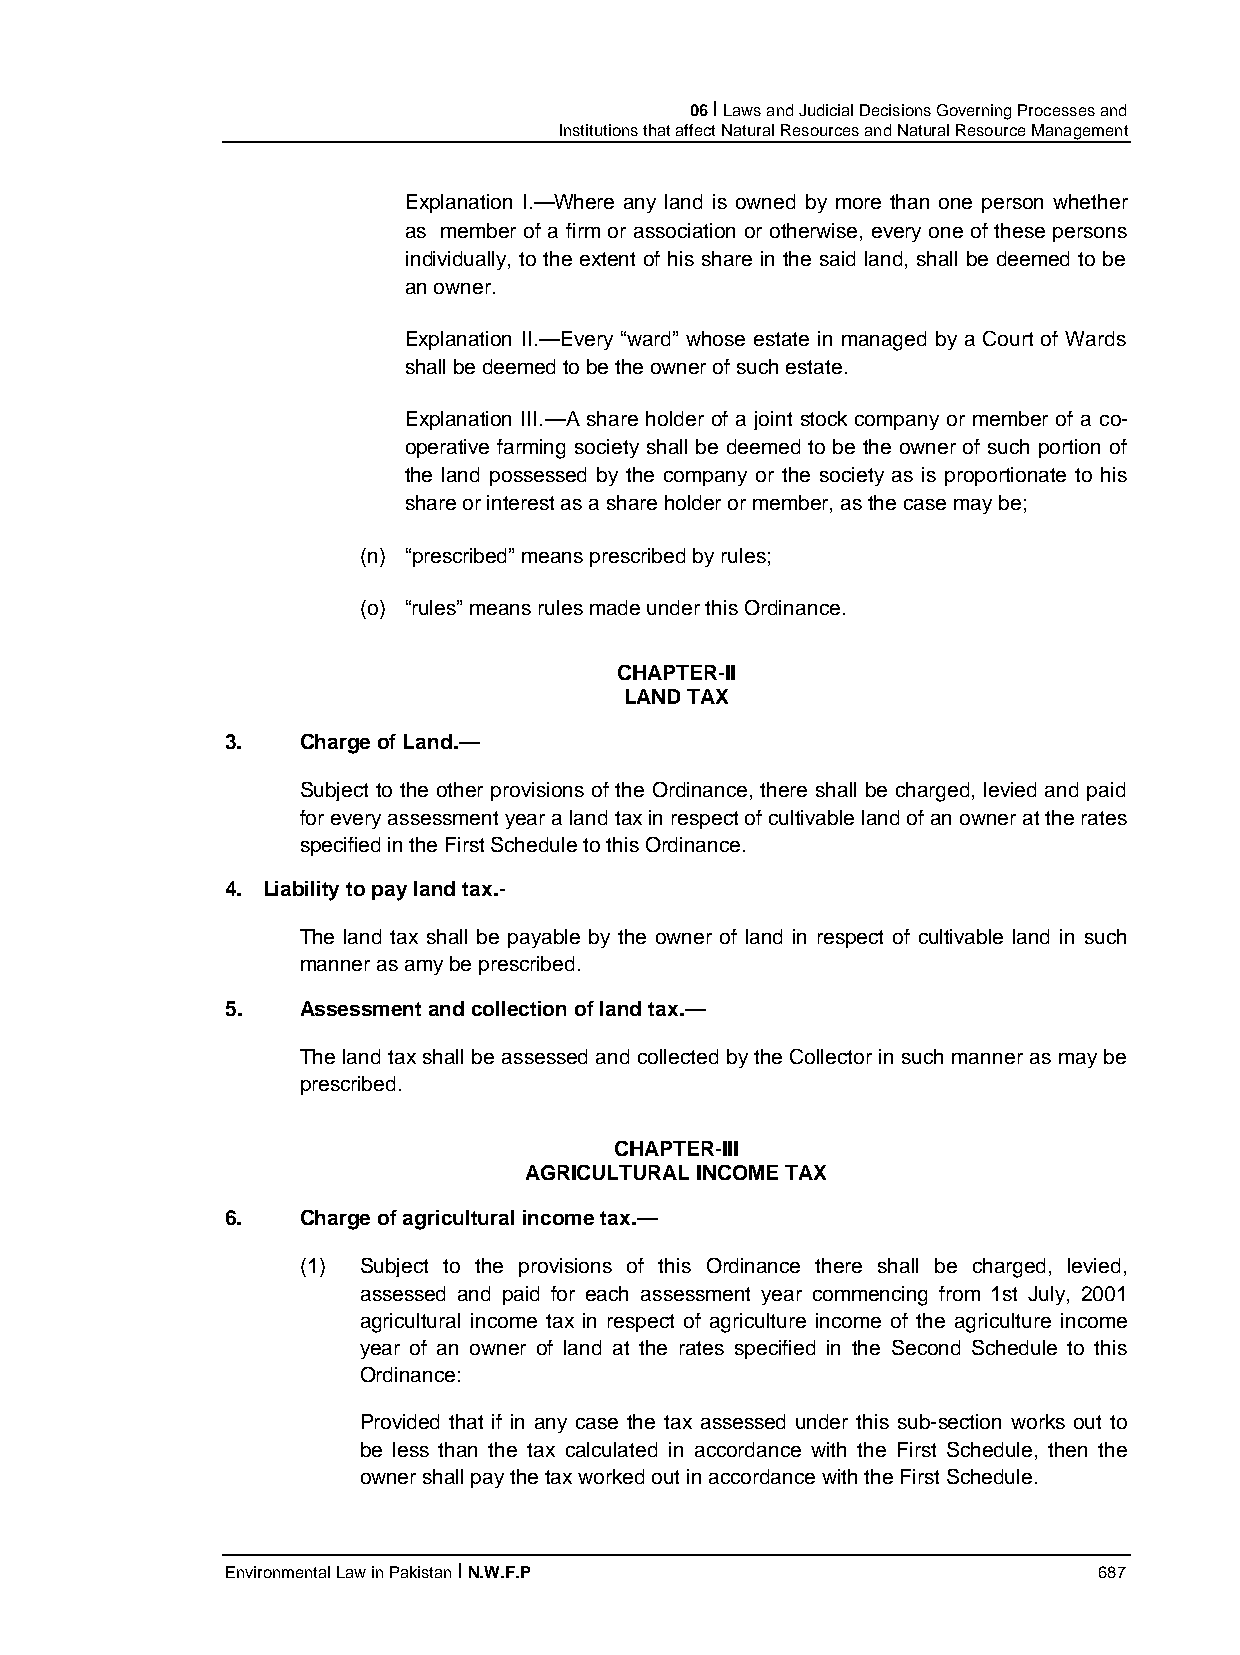
06 I Laws and Judicial Decisions Governing Processes and
 Institutions that affect Natural Resources and Natural Resource Management
 Explanation I.—Where any land is owned by more than one person whether
 as member of a firm or association or otherwise, every one of these persons
 individually, to the extent of his share in the said land, shall be deemed to be
 an owner.
 Explanation II.—Every “ward” whose estate in managed by a Court of Wards
 shall be deemed to be the owner of such estate.
 Explanation III.—A share holder of a joint stock company or member of a co-
 operative farming society shall be deemed to be the owner of such portion of
 the land possessed by the company or the society as is proportionate to his
 share or interest as a share holder or member, as the case may be;
 (n) “prescribed” means prescribed by rules;
 (o) “rules” means rules made under this Ordinance.
 CHAPTER-II
 LAND TAX
 3.   Charge of Land.—
 Subject to the other provisions of the Ordinance, there shall be charged, levied and paid
 for every assessment year a land tax in respect of cultivable land of an owner at the rates
 specified in the First Schedule to this Ordinance.
 4. Liability to pay land tax.-
 The land tax shall be payable by the owner of land in respect of cultivable land in such
 manner as amy be prescribed.
 5.   Assessment and collection of land tax.—
 The land tax shall be assessed and collected by the Collector in such manner as may be
 prescribed.
 CHAPTER-III
 AGRICULTURAL INCOME TAX
 6.   Charge of agricultural income tax.—
 (1) Subject to the provisions of this Ordinance there shall be charged, levied,
 assessed and paid for each assessment year commencing from 1st July, 2001
 agricultural income tax in respect of agriculture income of the agriculture income
 year of an owner of land at the rates specified in the Second Schedule to this
 Ordinance:
 Provided that if in any case the tax assessed under this sub-section works out to
 be less than the tax calculated in accordance with the First Schedule, then the
 owner shall pay the tax worked out in accordance with the First Schedule.
 Environmental Law in Pakistan I N.W.F.P                   687